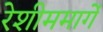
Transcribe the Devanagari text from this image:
रेशीममार्गे